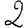
Digit: 2